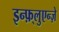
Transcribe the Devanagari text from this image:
इन्फ़्लुएन्ज़े